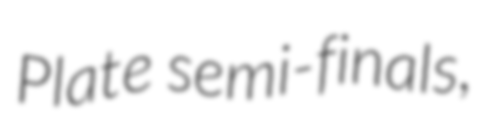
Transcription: Plate semi-finals,